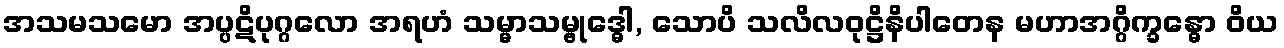
အသမသမော အပ္ပဋိပုဂ္ဂလော အရဟံ သမ္မာသမ္ဗုဒ္ဓေါ, သောပိ သလိလဝုဋ္ဌိနိပါတေန မဟာအဂ္ဂိက္ခန္ဓော ဝိယ